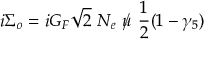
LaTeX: i \Sigma _ { o } = i G _ { \scriptstyle F } \sqrt { 2 } ~ N _ { e } ~ \rlap / u ~ \frac { 1 } { 2 } ( 1 - \gamma _ { 5 } ) ~